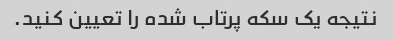
نتیجه یک سکه پرتاب شده را تعیین کنید.